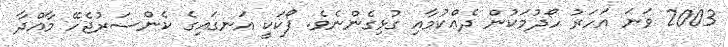
2003 ވަނަ އަހަރު ހޯދުމަކުން ދެއްކުމާއި ގުޅިގެންނެވެ. ފޯކަކީ އަނގައިގެ ކެންސަރުޖެހޭ މާއްދާ